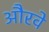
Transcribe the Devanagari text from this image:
औरवे